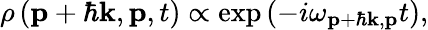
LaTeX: \rho\left(\mathbf{p}+\hbar\mathbf{k},\mathbf{p},t\right)\propto\exp\left(-i\omega_{\mathbf{p}+\hbar\mathbf{k},\mathbf{p}}t\right),